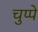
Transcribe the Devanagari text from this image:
चुप्पे